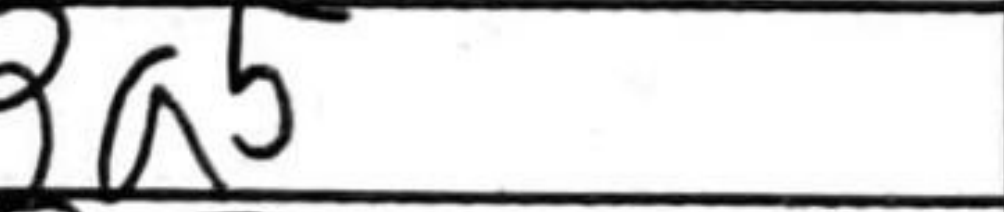
Transcription: Ba5